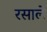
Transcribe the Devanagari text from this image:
रसाले